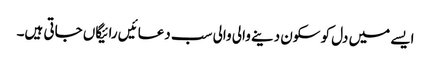
ایسے میں دل کو سکون دینے والی والی سب دعائیں رائیگاں جاتی ہیں۔